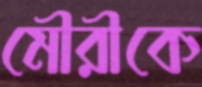
মৌরীকে